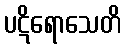
ပဋိရောသေတိ